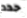
حدد